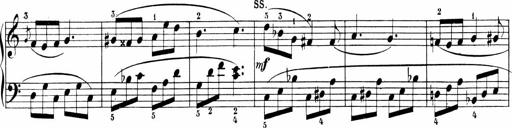
Title: 6 Sonatinas
Composer: Carl Reinecke